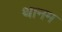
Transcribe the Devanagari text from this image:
थानम